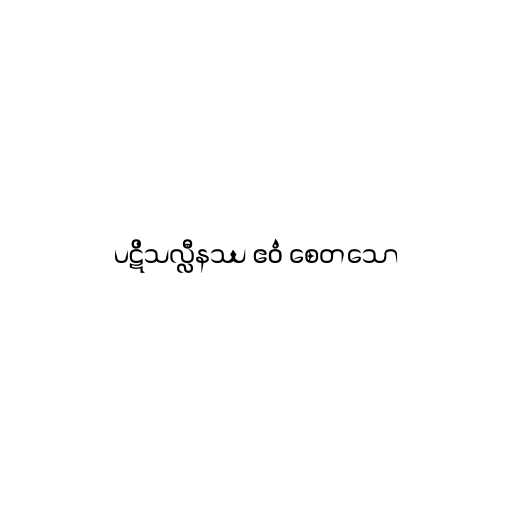
ပဋိသလ္လီနဿ ဧဝံ စေတသော